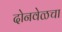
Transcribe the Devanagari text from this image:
दोनवेळचा